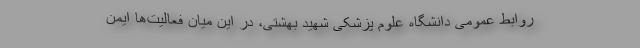
روابط عمومی دانشگاه علوم پزشکی شهید بهشتی، در این میان فعالیت‌ها ایمن